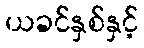
ယခင်နှစ်နှင့်